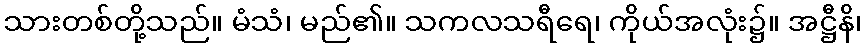
သားတစ်တို့သည်။ မံသံ၊ မည်၏။ သကလသရီရေ၊ ကိုယ်အလုံး၌။ အဋ္ဌီနိ၊